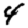
Digit: 4